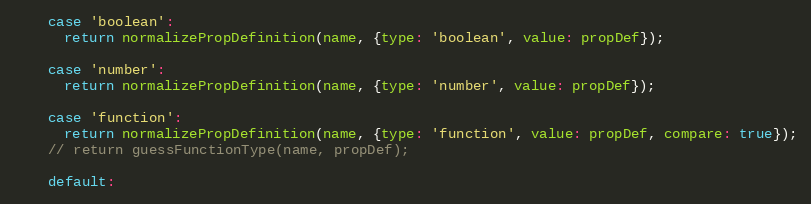
Language: JavaScript
    case 'boolean':
      return normalizePropDefinition(name, {type: 'boolean', value: propDef});

    case 'number':
      return normalizePropDefinition(name, {type: 'number', value: propDef});

    case 'function':
      return normalizePropDefinition(name, {type: 'function', value: propDef, compare: true});
    // return guessFunctionType(name, propDef);

    default: